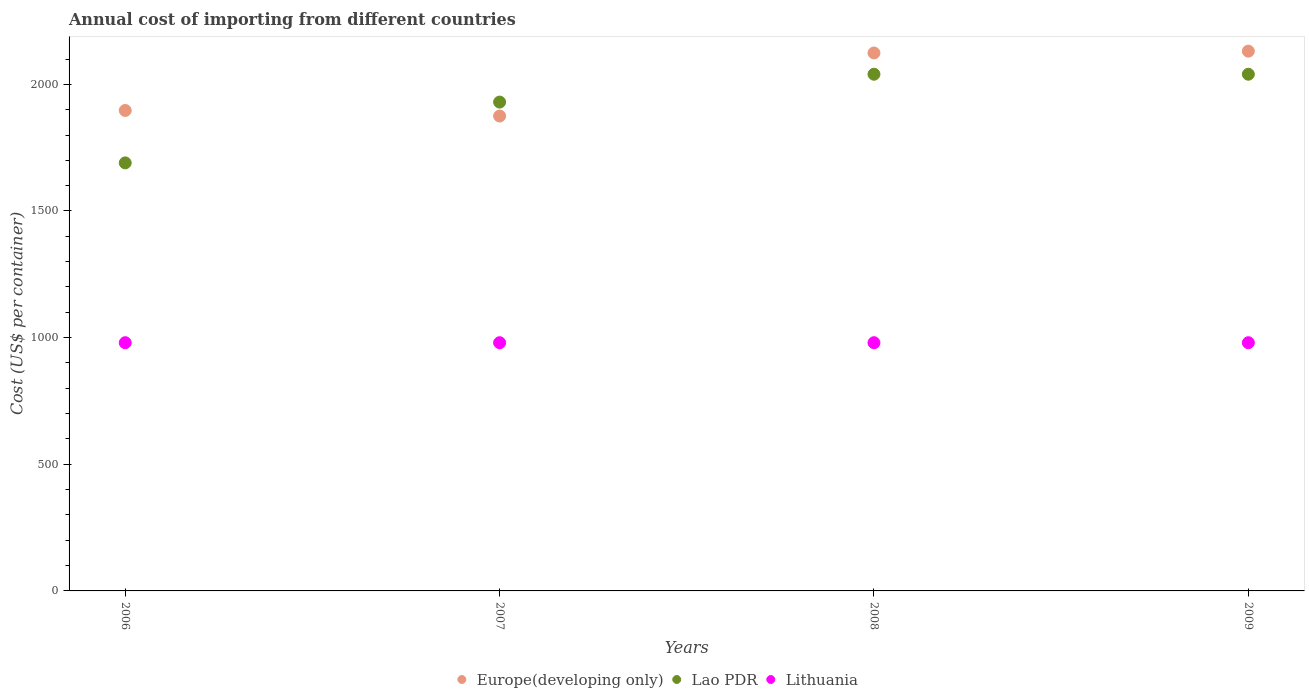
| Years | Europe(developing only) | Lao PDR | Lithuania |
 | --- | --- | --- | --- |
 | 2006 | 1.9e+03 | 1.69e+03 | 980 |
 | 2007 | 1.87e+03 | 1.93e+03 | 980 |
 | 2008 | 2.12e+03 | 2.04e+03 | 980 |
 | 2009 | 2.13e+03 | 2.04e+03 | 980 |